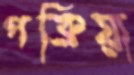
পক্রিয়া